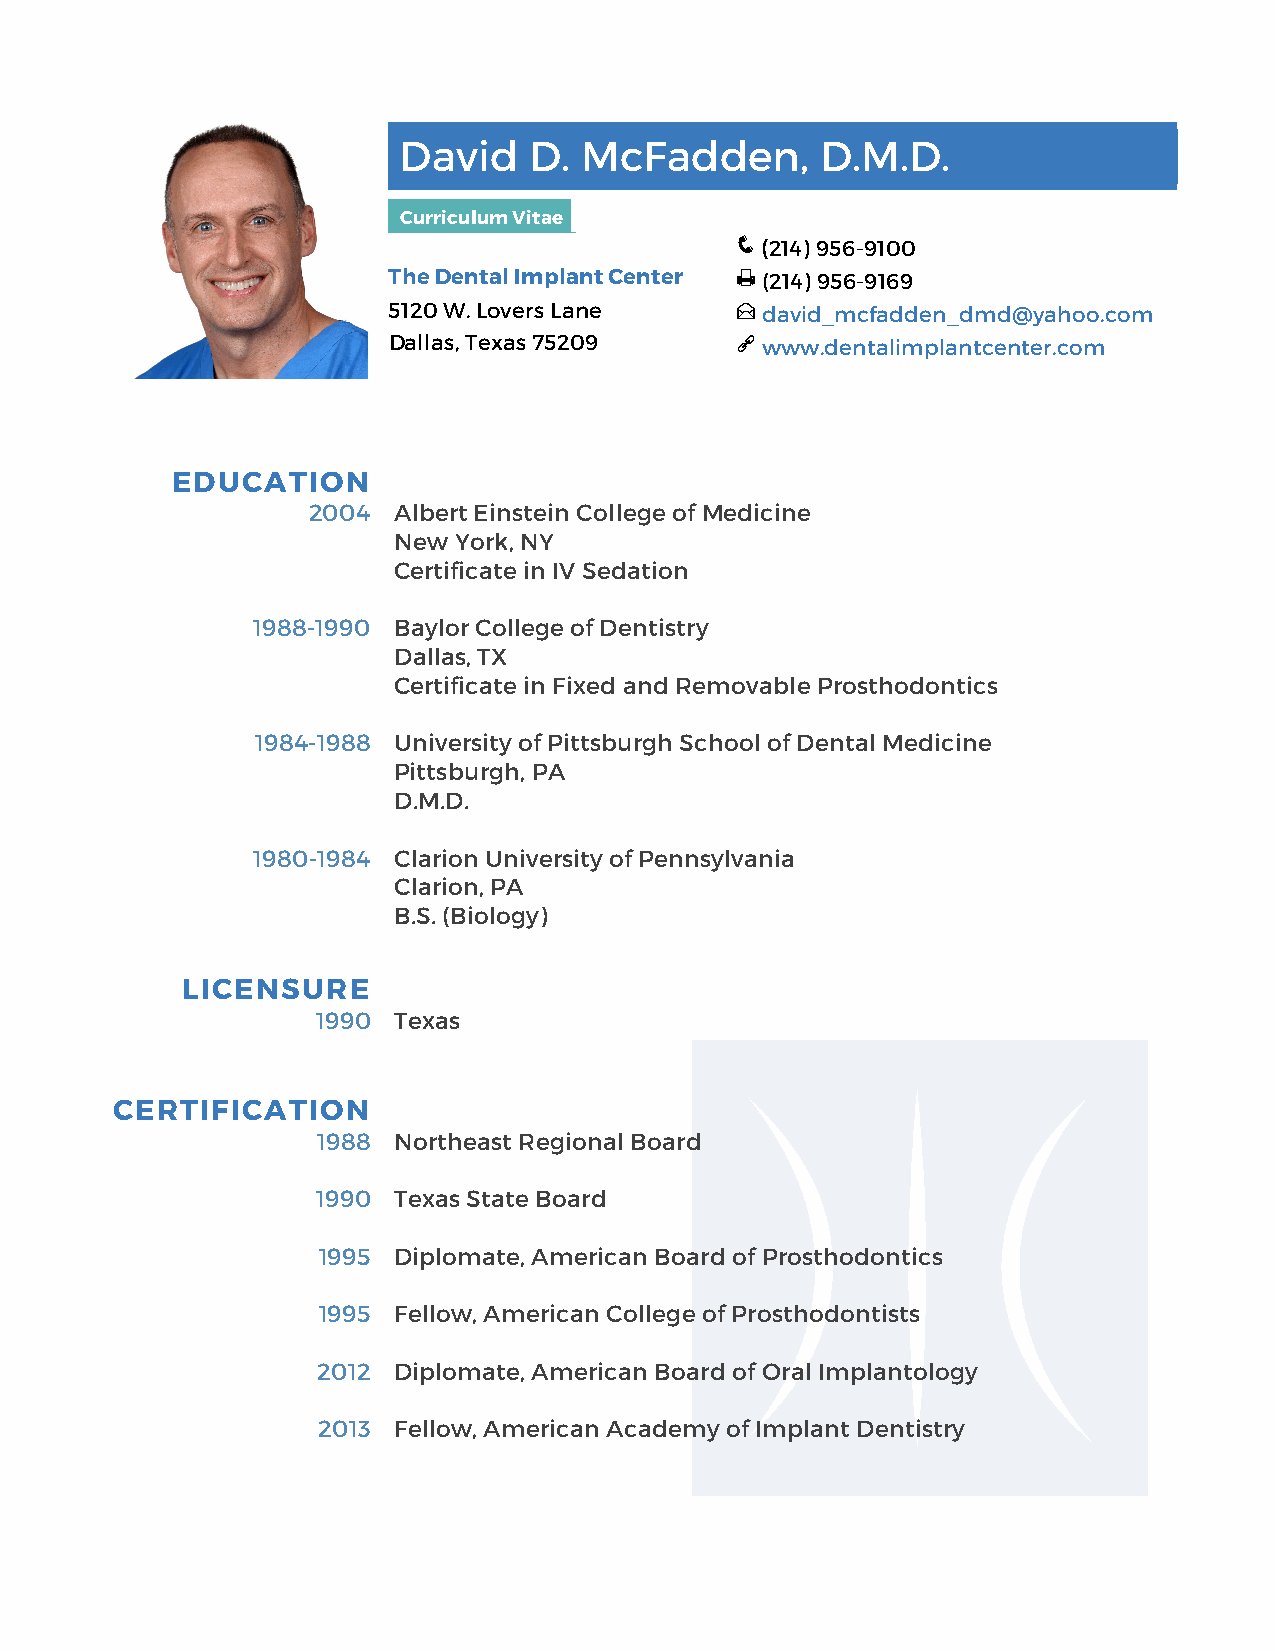
David    D. McFadden,       D.M.D.
 Curriculum Vitae
 q (214) 956-9100
 The Dental Implant Center p (214) 956-9169
 5120 W. Lovers Lane    E david_mcfadden_dmd@yahoo.com
 Dallas, Texas 75209    a www.dentalimplantcenter.com
 EDUCATION
 2004  Albert Einstein College of Medicine
 New York, NY
 Certificate in IV Sedation
 1988-1990 Baylor College of Dentistry
 Dallas, TX
 Certificate in Fixed and Removable Prosthodontics
 1984-1988 University of Pittsburgh School of Dental Medicine
 Pittsburgh, PA
 D.M.D.
 1980-1984 Clarion University of Pennsylvania
 Clarion, PA
 B.S. (Biology)
 LICENSURE
 1990 Texas
 CERTIFICATION
 1988 Northeast Regional Board
 1990 Texas State Board
 1995 Diplomate, American Board of Prosthodontics
 1995 Fellow, American College of Prosthodontists
 2012 Diplomate, American Board of Oral Implantology
 2013 Fellow, American Academy of Implant Dentistry